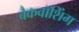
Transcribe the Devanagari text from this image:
बैकवॉशिंग